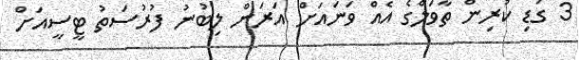
3 ގަޑި ކުރިން ތާވަލްގެ އެއް ވަނައަށް އަރަން ލިބުނު ފުރުސަތު ޓީސީއަށް